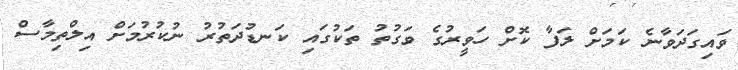
ވައިގަދަވާނެ ކަމަށް ލަފާ ކޮށް ހަވީރުގެ ވަގުތު ތަކުގައި ކަނޑުދަތުރު ނުކުރުމަށް އިލްތިމާސް